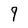
Character: 9